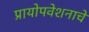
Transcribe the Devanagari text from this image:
प्रायोपवेशनाचे